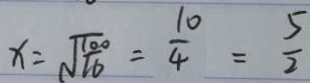
x = \sqrt { \frac { 1 0 0 } { 1 6 } } = \frac { 1 0 } { 4 } = \frac { 5 } { 2 }